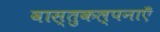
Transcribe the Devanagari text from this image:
वास्तुकल्पनाएँ